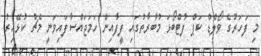
މި ފަހަރުގެ ވޯލްޑް ކަޕް ފުޓްބޯޅަ މުބާރާތުގައި ފީފާއިން ހަމަޖައްސާފައިވަނީ މެޗު ކުޅޭއިރު